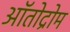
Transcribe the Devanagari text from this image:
ऑतोद्रोम